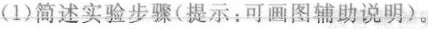
(1) 简述实验步骤(提示：可画图辅助说明)。